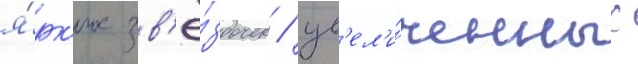
я́рк'их зв'ё́здочек / ув'ел'и́ченных